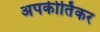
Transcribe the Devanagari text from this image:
अपकीर्तिकर